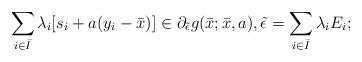
LaTeX: \begin{align*}\sum\limits_{i\in \bar{I}}\lambda_i [s_i+a(y_i-\bar{x})]\in\partial_{\tilde{\epsilon}}g(\bar{x};\bar{x},a),\tilde{\epsilon}=\sum\limits_{i\in \bar{I}}\lambda_iE_i;\end{align*}